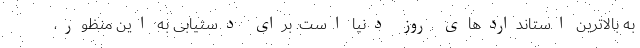
به بالاترین استانداردهای روز دنیا است. برای دستیابی به این منظور،